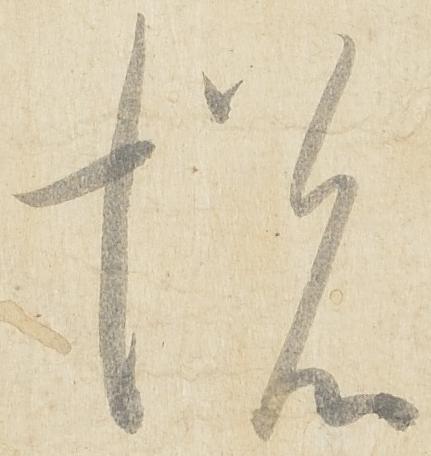
悦